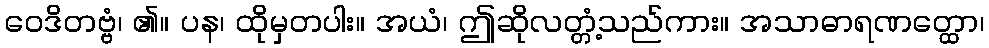
ဝေဒိတဗ္ဗံ၊ ၏။ ပန၊ ထိုမှတပါး။ အယံ၊ ဤဆိုလတ္တံ့သည်ကား။ အသာဓာရဏတ္ထော၊